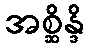
အစ္ဆိန္ဒိ